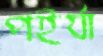
পইর্যা